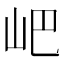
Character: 𡵟